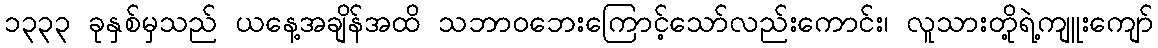
၁၃၃၃ ခုနှစ်မှသည် ယနေ့အချိန်အထိ သဘာဝဘေးကြောင့်သော်လည်းကောင်း၊ လူသားတို့ရဲ့ကျူးကျော်